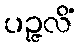
ပဉ္ဇလိံ